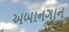
અબાનગાન